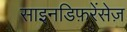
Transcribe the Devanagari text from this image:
साइनडिफ़रेंसेज़